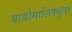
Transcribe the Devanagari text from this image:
बायोमालिक्युलर